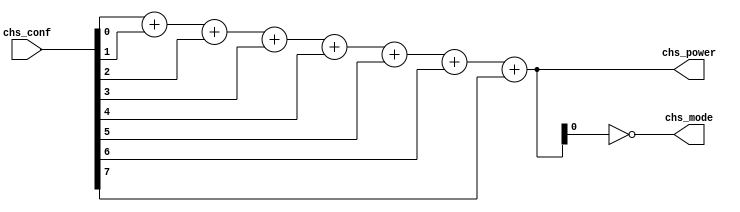
`timescale 1 ns/1 ns
/*--  *******************************************************
--  Computer Architecture Course, Laboratory Sources 
--  Amirkabir University of Technology (Tehran Polytechnic)
--  Department of Computer Engineering (CE-AUT)
--  https://ce[dot]aut[dot]ac[dot]ir
--  *******************************************************
--  All Rights reserved (C) 2019-2020
--  *******************************************************
--  Student ID  : 
--  Student Name: 
--  Student Mail: 
--  *******************************************************
--  Additional Comments:
--
--*/

/*-----------------------------------------------------------
---  Module Name: Power Mode (Conting Ones)
---  Description: Module3: 
-----------------------------------------------------------*/
module ModePower (
	input  [7:0] chs_conf  , // degree [temprature] 
	output [3:0] chs_power , // power  [cooler/heater] 
	output       chs_mode    // model  [heat=1/cool=0]
);
	// we add each bit (this will be count of 1 in our input ) 
	wire [3:0] count1;
	assign count1 = chs_conf[0] + chs_conf[1] + chs_conf[2] + chs_conf[3] + chs_conf[4] + chs_conf[5] + chs_conf[6] + chs_conf[7];
	assign chs_mode = ~ count1[0];
	assign chs_power = count1;

endmodule